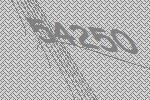
54250